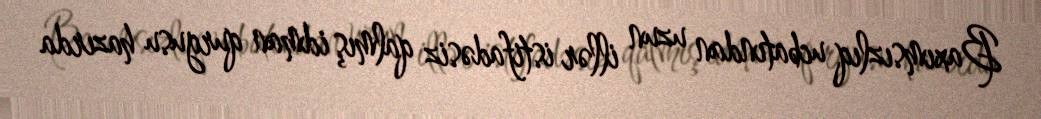
Baxımsızlıq ucbatından uzun illər istifadəsiz qalmış idman qurgusu hazırda